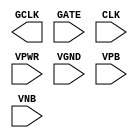
module sky130_fd_sc_hvl__dlclkp (
    GCLK,
    GATE,
    CLK ,
    VPWR,
    VGND,
    VPB ,
    VNB
);

    output GCLK;
    input  GATE;
    input  CLK ;
    input  VPWR;
    input  VGND;
    input  VPB ;
    input  VNB ;
endmodule